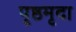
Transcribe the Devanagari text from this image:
पृष्ठमृदा